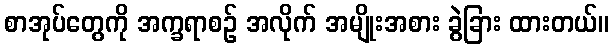
စာအုပ်တွေကို အက္ခရာစဉ် အလိုက် အမျိုးအစား ခွဲခြား ထားတယ်။